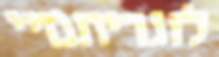
לוגריתמיי